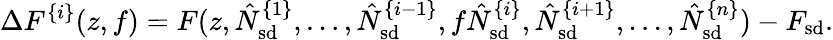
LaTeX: \Delta F^{\{ i\} }(z,f)=F(z,\hat{N}_{\mathrm{sd}}^{\{ 1\} },\ldots,\hat{N}_{\mathrm{sd}}^{\{ i-1\} },f\hat{N}_{\mathrm{sd}}^{\{ i\} },\hat{N}_{\mathrm{sd}}^{\{ i+1\} },\ldots,\hat{N}_{\mathrm{sd}}^{\{ n\} })-F_{\mathrm{sd}}.